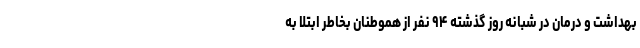
بهداشت و درمان در شبانه روز گذشته ۹۴ نفر از هموطنان بخاطر ابتلا به